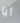
أيا